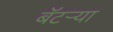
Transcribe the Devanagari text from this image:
बॅटर्‍या